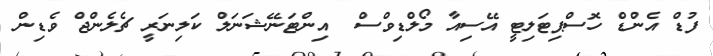
ފުޑް އެންޑް ހޮސްޕިޓަލިޓީ އޭސިއާ މޯލްޑިވްސް  އިންޓަނޭޝަނަލް ކަލިނަރީ ޗެލެންޖް ވެޑިން